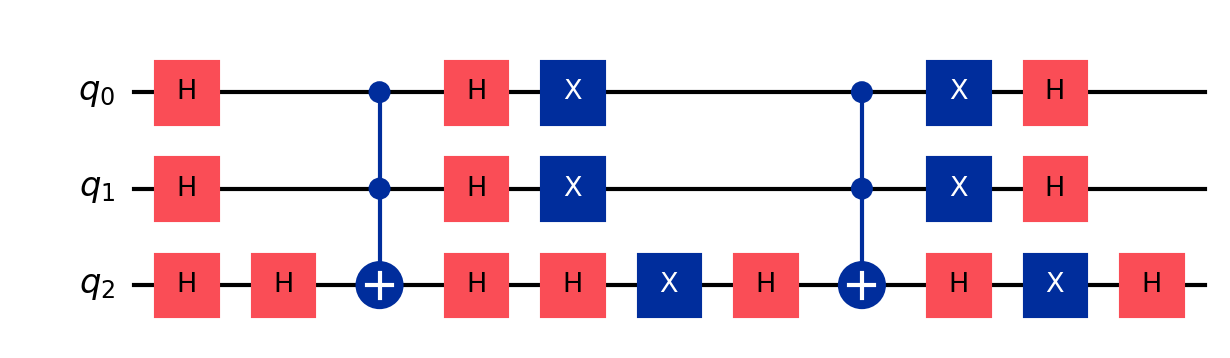
Description: 3-qubit Grover search (oracle marks |111⟩)
描述: 3量子比特Grover搜索（oracle标记|111⟩）
Category: advanced_algorithms (difficulty: advanced)
Qubits: 3, circuit depth: 11

Braket implementation:
from braket.circuits import Circuit
circuit = Circuit()
circuit.h(0).h(1).h(2)
circuit.h(2).ccnot(0, 1, 2).h(2)
circuit.h(0).h(1).h(2)
circuit.x(0).x(1).x(2)
circuit.h(2).ccnot(0, 1, 2).h(2)
circuit.x(0).x(1).x(2)
circuit.h(0).h(1).h(2)

Qiskit implementation:
from qiskit import QuantumCircuit
circuit = QuantumCircuit(3)
circuit.h(0).h(1).h(2)
circuit.h(2).ccx(0, 1, 2).h(2)
circuit.h(0).h(1).h(2)
circuit.x(0).x(1).x(2)
circuit.h(2).ccx(0, 1, 2).h(2)
circuit.x(0).x(1).x(2)
circuit.h(0).h(1).h(2)